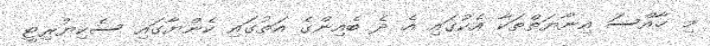
މި ޚާއްސަ އިނާޔަތްތަކާ އެކުގައި އެ ދެ ބެއިންގެ އަތުގައި ކެންޔާގައި ސެކިޔުރިޓީ